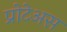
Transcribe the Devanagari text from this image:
प्रोटेअस